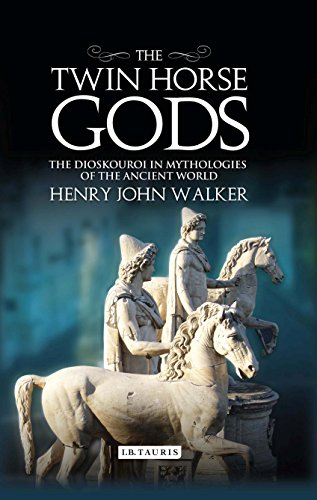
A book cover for The Twin Horse Gods: The Dioskouroi in Mythologies of the Ancient World; Henry Walker; Religion & Spirituality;